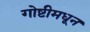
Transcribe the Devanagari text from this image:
गोष्टीमधून